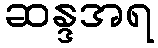
ဆန္ဒအရ